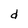
Character: d